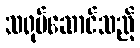
သရုပ်ဆောင်သည့်